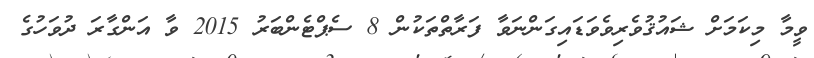
ވީމާ މިކަމަށް ޝައުޤުވެރިވެވަޑައިގަންނަވާ ފަރާތްތަކުން 8 ސެޕްޓެންބަރު 2015 ވާ އަންގާރަ ދުވަހުގެ